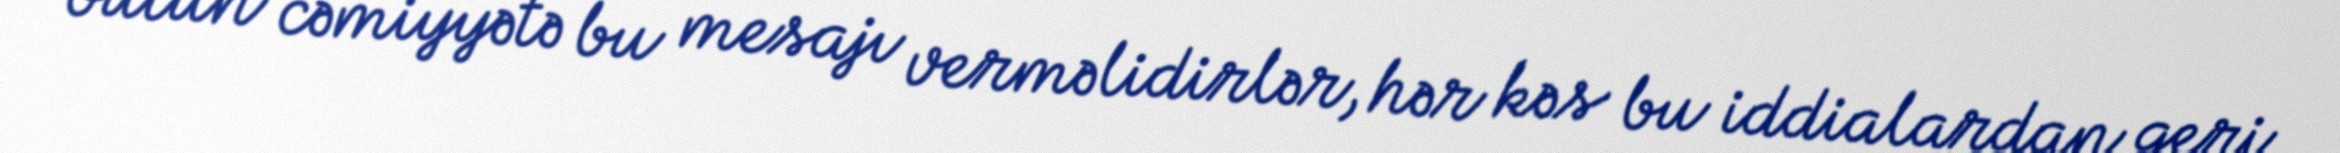
bütün cəmiyyətə bu mesajı verməlidirlər, hər kəs bu iddialardan geri